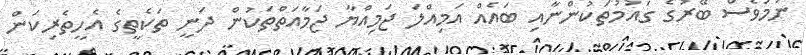
ނަމަވެސް ބޭރުގެ ގައުމުތަކުންނާއި ބައެއް އަމިއްލަ ޖަމިއްޔާ ޖަމާއަތްތަކުން ދަނީ ތަކެތީގެ އެހީތެެރިކަން